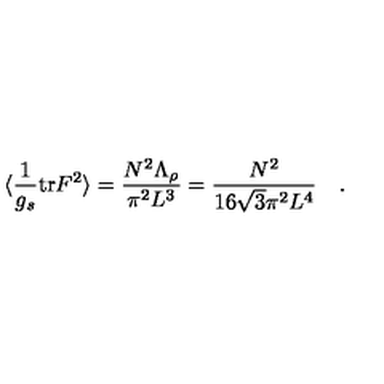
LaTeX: \langle \frac { 1 } { g _ { s } } \mathrm { t r } F ^ { 2 } \rangle = \frac { N ^ { 2 } \Lambda _ { \rho } } { \pi ^ { 2 } L ^ { 3 } } = \frac { N ^ { 2 } } { 1 6 \sqrt { 3 } \pi ^ { 2 } L ^ { 4 } } \quad .